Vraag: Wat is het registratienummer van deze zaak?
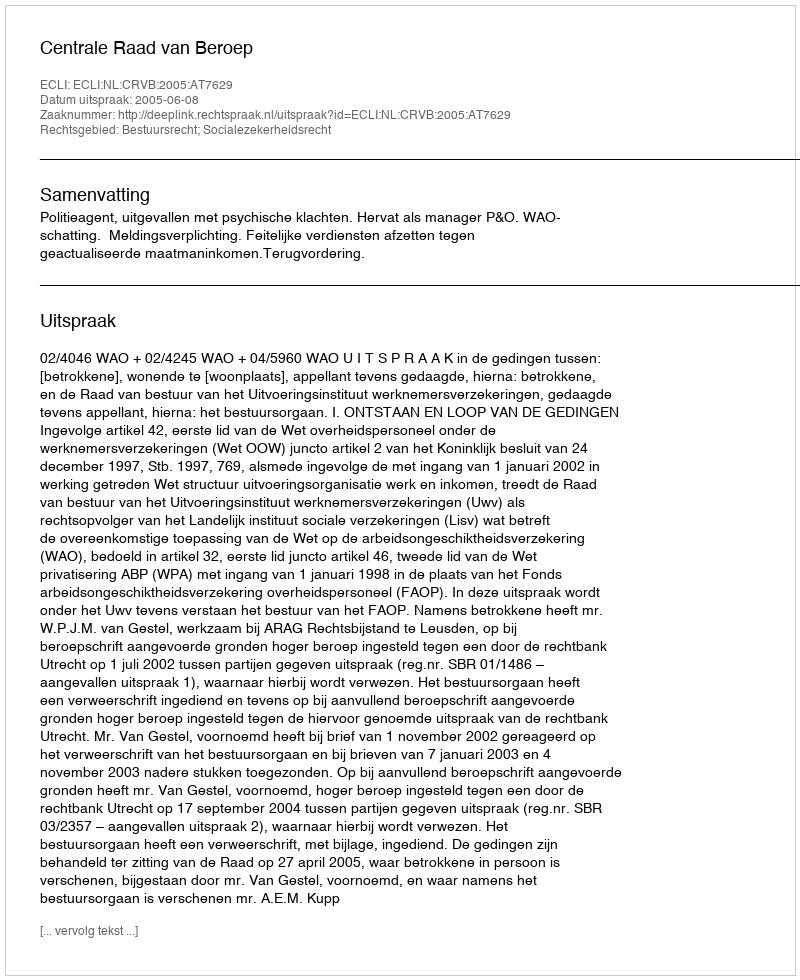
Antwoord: http://deeplink.rechtspraak.nl/uitspraak?id=ECLI:NL:CRVB:2005:AT7629